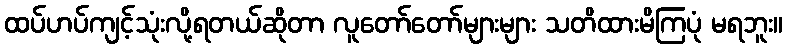
ထပ်ဟပ်ကျင့်သုံးလို့ရတယ်ဆိုတာ လူတော်တော်များများ သတိထားမိကြပုံ မရဘူး။